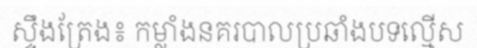
ស្ទឹងត្រែង៖ កម្លាំងនគរបាលប្រឆាំងបទល្មើស